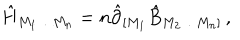
\hat { H } _ { M _ { 1 } \ldots M _ { n } } = n \hat { \partial } _ { [ M _ { 1 } } \hat { B } _ { M _ { 2 } \ldots M _ { n } ] } \, ,